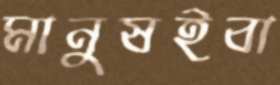
মানুষইবা